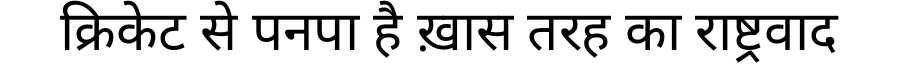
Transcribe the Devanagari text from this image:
क्रिकेट से पनपा है ख़ास तरह का राष्ट्रवाद